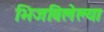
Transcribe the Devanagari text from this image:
भिजविलेल्या